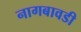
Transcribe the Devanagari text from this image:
नागबावडी